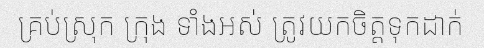
គ្រប់ស្រុក ក្រុង ទាំងអស់ ត្រូវយកចិត្តទុកដាក់